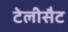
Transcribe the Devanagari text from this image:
टेलीसैट